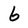
Character: 6